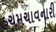
હચમચાવનારી